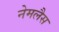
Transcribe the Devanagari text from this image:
नेमलैस